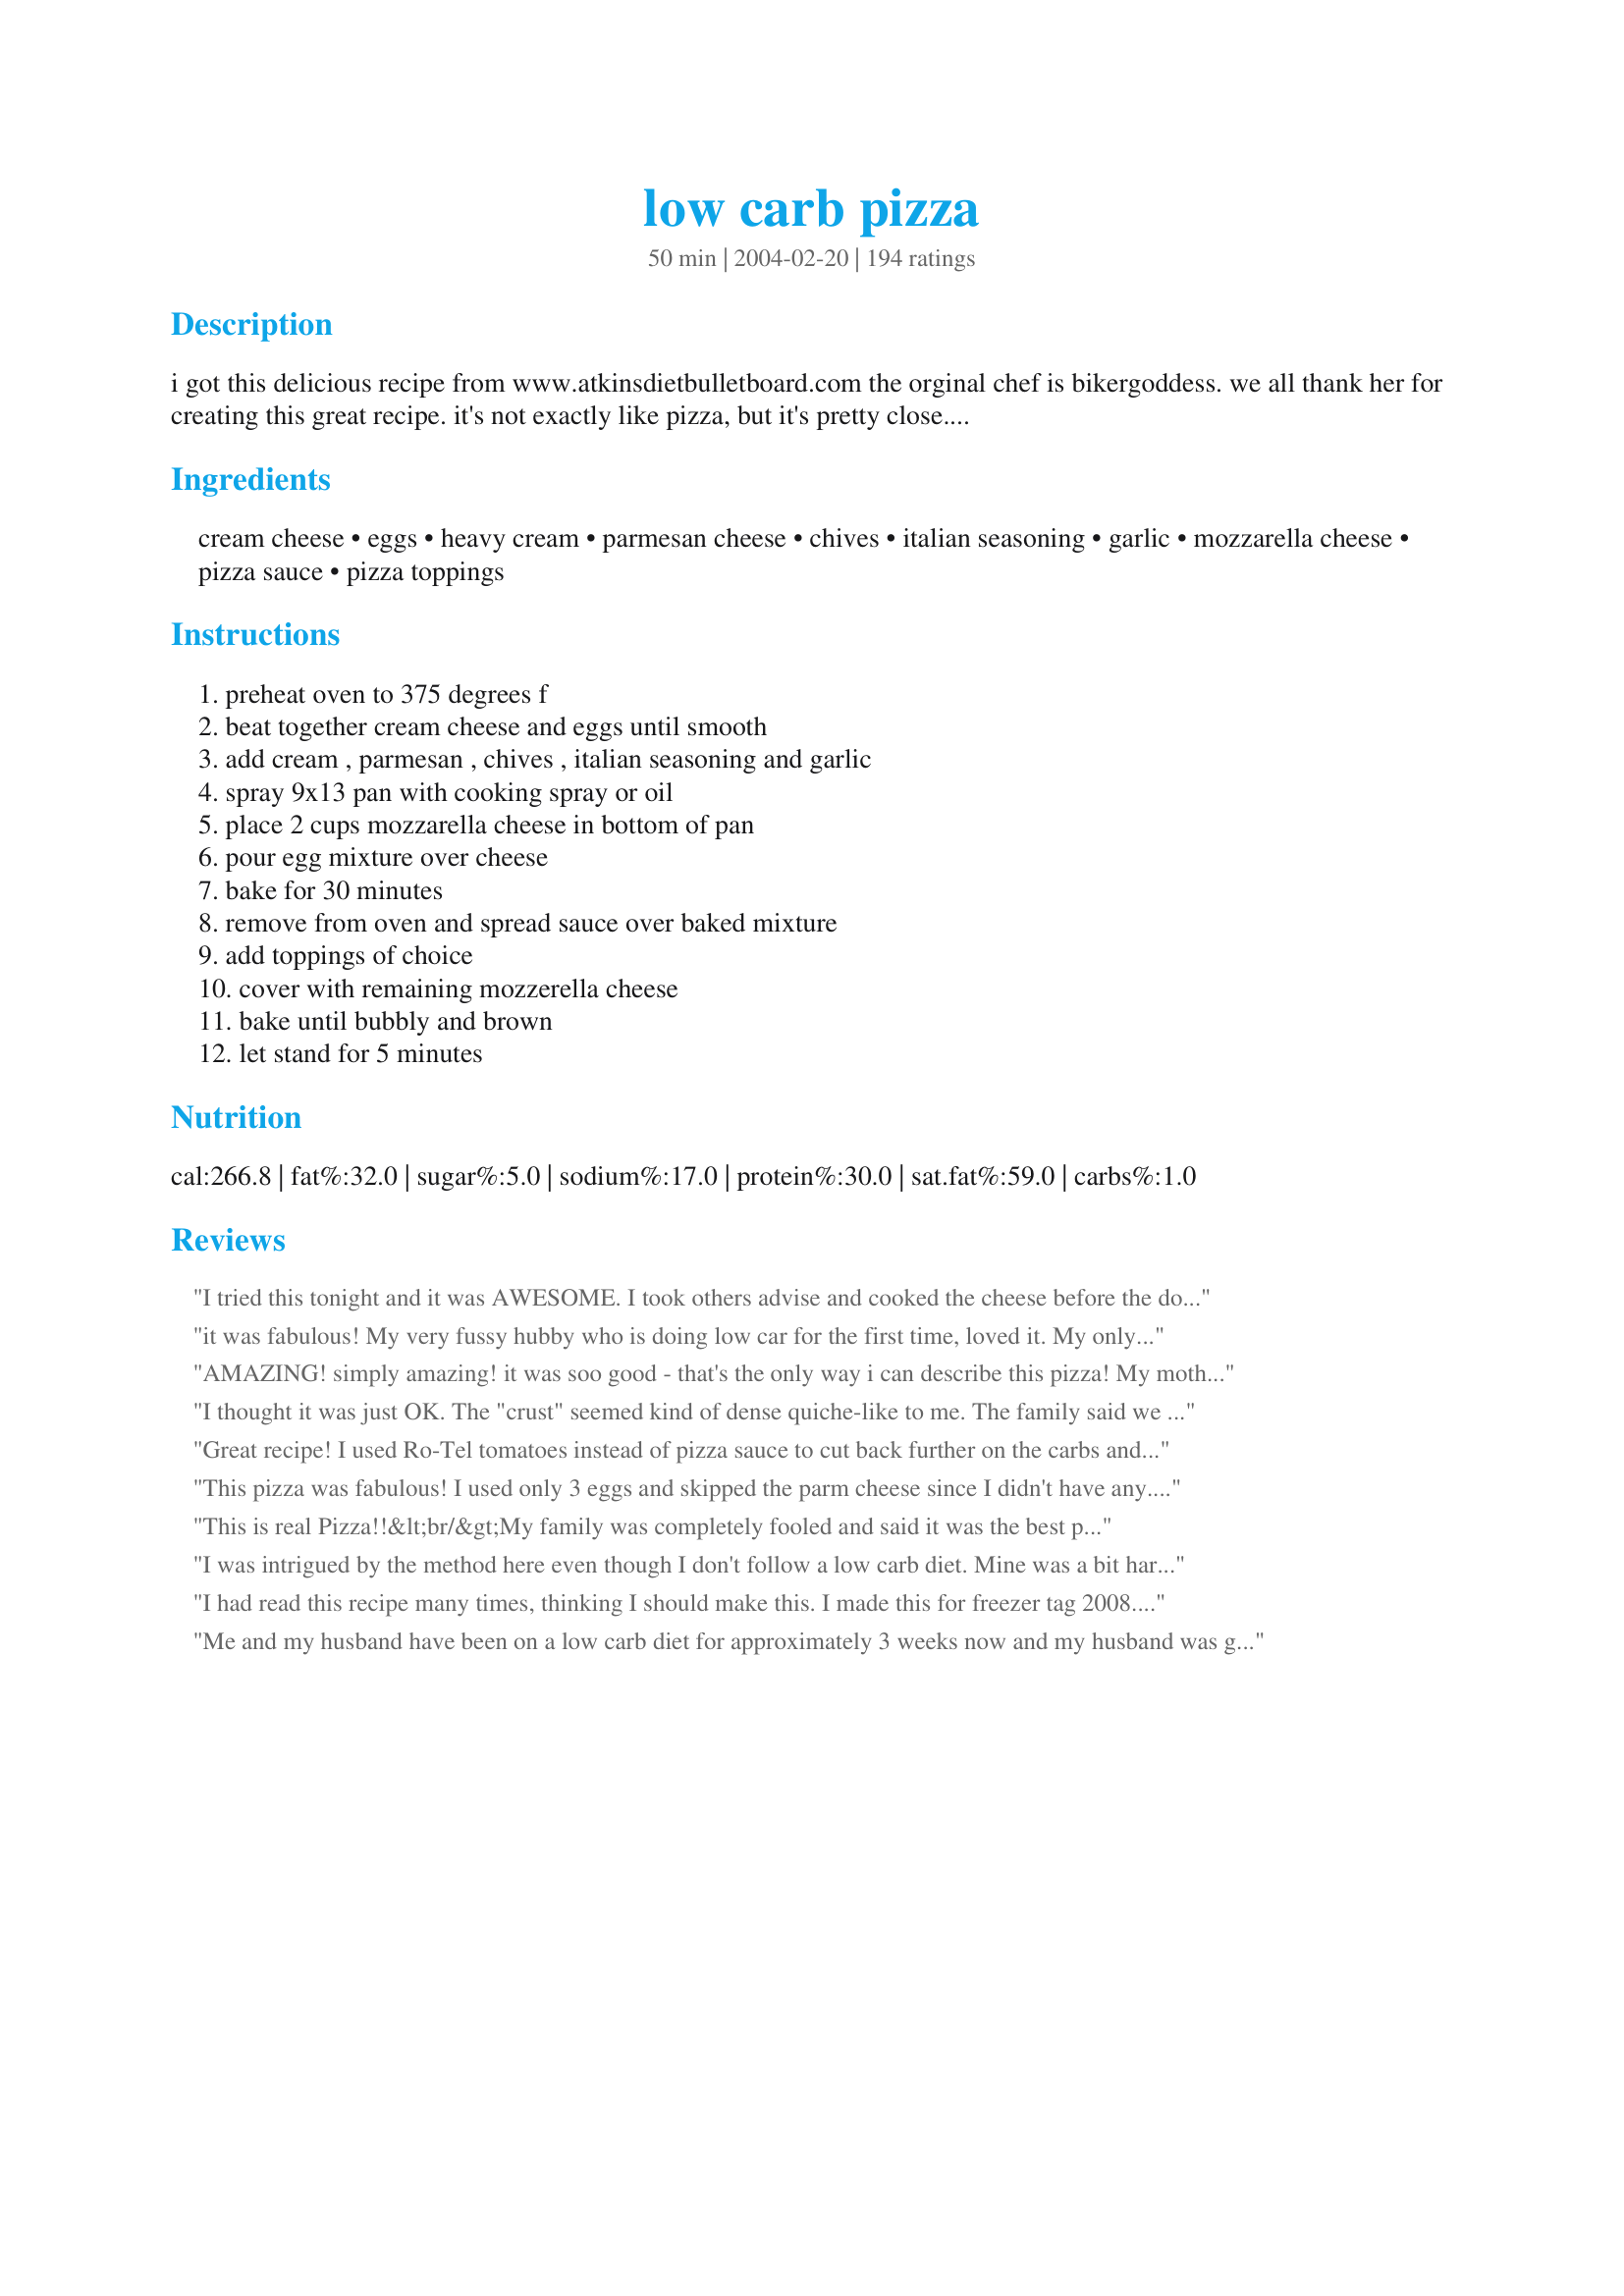
low carb pizza
Preparation time: 50 minutes

i got this delicious recipe from www.atkinsdietbulletboard.com the orginal chef is bikergoddess. we all thank her for creating this great recipe. it's not exactly like pizza, but it's pretty close. i like it alot. i've made it twice now, and will be making it over and over again.

Ingredients:
cream cheese, eggs, heavy cream, parmesan cheese, chives, italian seasoning, garlic, mozzarella cheese, pizza sauce, pizza toppings

Steps:
preheat oven to 375 degrees f, beat together cream cheese and eggs until smooth, add cream , parmesan , chives , italian seasoning and garlic, spray 9x13 pan with cooking spray or oil, place 2 cups mozzarella cheese in bottom of pan, pour egg mixture over cheese, bake for 30 minutes, remove from oven and spread sauce over baked mixture, add toppings of choice, cover with remaining mozzerella cheese, bake until bubbly and brown, let stand for 5 minutes

Reviews:
I tried this tonight and it was AWESOME. I took others advise and cooked the cheese before the dough mixture was added. I also added red pepper flakes, oregano and pizza seasoning. It came out amazing! Not as crispy as I wanted but it was perfect after it sat for a bit!
it was fabulous! My very fussy hubby who is doing low car for the first time, loved it. My only question is what size pan do you all make this in? I used a pie plate. &lt;br/&gt;Made it like the recipe calls for and did cook the mozzarella for 5 minutes as suggested.
AMAZING! simply amazing! it was soo good - that's the only way i can describe this pizza! My mother went cuckoo for it, and my brother who is on the wrestling tem, liked it a lot too! I put sundried tomatos and green onions on mine and added just a little bit of rich olive oil for an extra bit of flavor - let me tell you this dish is out of this world 3 galaxies away good!
I thought it was just OK. The "crust" seemed kind of dense quiche-like to me. The family said we didn't need to eat this again.
Great recipe! I used Ro-Tel tomatoes instead of pizza sauce to cut back further on the carbs and add a little kick.
This pizza was fabulous! I used only 3 eggs and skipped the parm cheese since I didn't have any. The base of this does not have the chewy texture of bread but the flavor is amazing! My husband even liked this which is saying a lot! For the person who has to stay away from grains, this is the perfect pizza alternative!
This is real Pizza!!&lt;br/&gt;My family was completely fooled and said it was the best pizza they have ever had. next day just like pizza its good too. Use the recipe as instructed and enjoy, it really is that good. Then you can start experimenting if you wish but the original was the best we had. It can take any topping and looks as good as it smells and tastes.
I was intrigued by the method here even though I don't follow a low carb diet. Mine was a bit hard to get out of the pan despite spraying with oil. Used a 9X13 baking sheet, as thought my round pan pizza pan might be too small to hold the cream cheese mixture. Could also be a factor of using low fat cheese, or maybe baking the shredded cheese a bit too long before adding the cream cheese mixture, or maybe my pan was a bit larger then it should have been as the crust was spread very thinly. The taste was great. Did season it with Penzeys Italian and frozen pizza seasoning as well as chives, and oregano. Added spices to sauce too and used almost one cup. I used eggbeaters, 1/3 less fat cream cheese, and weight watchers 2% shredded Mexican cheese, and Stella shredded Parmesan. Flavor was as good as the best pizza. Maybe would make again, as the flavor was surprisingly good, and we like a thin crust. My husband ate 1/2 of it on the spot. As for the nutrition &quot;hit&quot; would probably opt for some carbs with a flat bread or low fat pizza crust of some sort like a cauliflower crust, and much less cheese. But this was very good, and and interesting different method for a crust.
I had read this recipe many times, thinking I should make this. I made this for freezer tag 2008. I followed the recipe as written other then I only used 2 eggs. It never said in the directions where to add the chives so I never did add them. Everyone really enjoyed this and I didn't tell them what it was made of because then they all would have said yuck LOL. The "crust" smelled so good cooking. We had a "slice" left so I froze this in a gladware container. I pulled it in the morning and took it to work. At lunch I heated it up and it was just as good reheated.
Me and my husband have been on a low carb diet for approximately 3 weeks now and my husband was getting really bored with our food choices. I found this recipe and tried it. It was exactly what we had been looking for. He stated it taste like real food again. It was very good and thanks for the recipe.
I have made this twice already. Gives me a little something more to eat while doing a low carb diet. This is a great recipe. Thanks!
I can't believe I haven't reviewed this yet! This is a fantastic recipe. Like others have said, it's not EXACTLY like pizza but it's pretty darn close. My mother and my son like this better than regular pizza and we haven't had anything but this since finding this recipe. Definitely give it a try!
This is very good, I've been making it for a while, I originally came across the recipe somewhere else online. Really satisfies that craving. If I have time, I soak the pepperoni's overnight in water to remove some of the nitrates, and I usually add chopped black olives. Thanks for posting.
Dh and I have been doing the Low Carb diet for quite some time so it was really nice to have &quot;pizza&quot; for dinner. We enjoyed the taste of this, but we both found it very rich. That&#039;s not necessarily a bad thing though, as you tend to eat less. I&#039;ll definitely be making this again and will play around with it a bit. I&#039;d like to try using 3 eggs as another reviewer indicated. Thanks for the great recipe.
This is about how close you will get to a pizza taste on a low carb diet. I used Alfredo sauce opposed to tomato sauce, personal preference. The soppose crust browned and was delicious and the rest was good. For low carb it was excellent.
I started low carb a week ago and lost 5lbs - am thrilled. But every Saturday the family has pizza and I didn't think I could eat salad or eggs again with the smell of pizza in the kitchen. On the spur of the moment I typed in low carb pizza into Google and was thrilled to find this recipe. Tried it and loved it! Didn't feel like I was missing out at all. For those on a gluten free diet this would work too. My husband is gluten free and had a piece too. I topped mine with a tiny bit of onion, pepper and pepperoni. Next time I'll make sure I have fresh mushrooms as they have less carbs than onion and peppers.
This recipe was a lifesaver for me. I have been craving pizza while on my low carb diet and was about to give in to the local pizzeria but then found this recipe. It is sooooo good and I love the crust. I used light cream cheese, egg whites and half and half instead of heavy cream. It turned out great!!! This is definately a keeper!
WOW! This is the best pizza I've ever tasted!! I had to keep reminding myself it was low carb. It was so good, my boyfriend the "pizza freak" almost ate the whole thing!! This pizza will definetly be made more than twice a week!! thanks Sly Girl :)
This is amazing.
I ran out of eggs, and ended up using only 3 eggs ... but, nonetheless! It still turned amazing. Even my boyfriend was impressed - it looked, smelt, and tasted like *real* pizza.
Thanks for sharing!
I was initially skeptical about this because I enjoy pizza crust so much. However, I was really needing a pizza substitute for that craving since i'm not eating low-carb. I loved the flavor of this! It was a good substitute, thought the crust is certainly not like pizza crust. I used less egg and baked the cheese before adding the egg mixture (it made the bottom kind of crispy this way) as suggested in other reviews. It turned out great! I made this for myself, because I figured my partner wouldn't be interested in it (pizza is his one of his favorites). He tried it though, and wanted to eat the whole thing. I will definitely be making this again.Thanks for sharing!
We usually have pizza every Friday night,I stop at Little Ceaser&#039;s on the way home from work. However I was off yesterday, so I decided I would make a pizza, I came across this recipe it looked so good, and I liked the concept of the cheese crust. I had about a cup of leftover spaghetti sauce w/ italian sausage that i used, sauted a half of an onion, crushed red pepper flakes, sliced mushooms and a jalapeno added it the sauce,topped it with pepperoni and the remaing cheese. OMG the crust was nice and golden, almost to golden,but I love burnt cheese. My husband couldn&#039;t believe there was no dough, it was soo good and the fact that it is low carb is even better I took a picture of it with my phone, can&#039;t wait to share it with my friends. This just may become our &quot; Friday night pizza ! Thanks, for posting.
My husband and kids made &quot;yummy yummy&quot; noises upon first bite... I don&#039;t know if a recipe can truly bring a family closer together, but this one sure did! I used fat free half and half and eggbeaters and it still came out perfect as far as I can tell... This will become a Friday movie night recipe rotation from now on! Thank you, thank you!
A delicious substitute to help curb that pizza craving. Because I was sort on some of the ingredients my first try at this was more like lasagne,but good enough to keep away the torture on our family pizza night. I will definately try this again. Atkins life just got a lot easier. I'm off to create the perfect low-carb chocolate treat.
I really did not think I would like this judging by the crust ingredients but tried it based on reviews. I'm so glad I did! It's delicious. Not just delicious for low carb pizza but the crust is truly delicious. And of course you know your toppings will be delicious so you can't go wrong here! Only thing I changed was the amount of eggs. I only used two. I will be making this often!
I made it tonight and did half with the tomato sauce and cheese and the other with Alfredo with spinach and chicken. Surprisingly good. Even my picky son tried some and said "not bad"
Very nice low carb substitute! I love that you can add any preferred pizza ingrediants. I made it with pepperoni, and will add black olives or jalepenos next time (yes, believe it or not, jalepenos go great with pepperoni on pizza! :-)I also plan to make a yummy veggie pizza using this recipe. Thanks for sharing!
I got this recipe from the same place, and have been making if for several years. Even my high carb eating spouse likes this one.
LOVE the crust! I did follow the directions of one poster who put the cheese in the oven for about 5 minutes first...I also added a little bit of flax seed to the cheese on the bottom - it was SO chewy and perfect for me! Even my hubby, who usually rolls his eyes at most of my 'low carb creations' really liked it! thanks! a def. keeper!
Amazingly delicious! I was so skeptical about this, but this is the perfect substitute for regular pizza. My 2 boys-11 and 9 like it too. Folks, you gotta try it!!!
This Pizza is one of the best I have ever tasted!!!!!!!!
Oh Sly Girl you lifesaver!
Wow, was this GOOD! I used lots of low carb toppings, and it was so delicious, and very filling. I was worried that the egg crust would taste like an omelet, or "eggy", but not at all. DH had it for dinner too and he is not low carbing...he loved it too.
What a great treat. Well written and easy to follow recipe. Thanks for sharing!
This was really good, even felt like pizza, which is my all time fav food. I doubled the recipe because of the size of my pizza pan 13x13 round. I should have done 1 1/2 because we had more of a deep dish pizza. I used egg whites and Neufchatel Cheese trying to cut back on the fat. Guess I should have left the Sundried Tomatoes and Pepperoni off. I didn't use the chives..but added fresh Basil and oregano. Also combined Mozzarella and Asiago together for my topping cheese. I only used 2 cups (16ozs) of Mozzarella. I just used an 8 oz can of Tomato sauce. We got 8 servings out of it. Which came to 434 cal, 33 fat, 4 carbs, 23 protein. Without my extra toppings it would have been 302 cal, 20 protein, 20.8 Fat, 3.8 carbs. This is still going to be a treat because even through the carbs are low there is still a lot of fat, which is fine on some diets, but SB not so much.
This is a great recipe! I made mine into a white pizza, followed the directions for the crust, then sprinkled 1 cup of feta, some chopped spinach, and topped with a little extra mozzarella. I also added some grilled chicken breast. It was yummy from bottom to top :)
Wow! Even with all of the reviews I didn't expect it to be this good. Should be eaten with a fork but otherwise just like pizza. The crust was always my least favorite part anyway! Thanks, Sly Girl!
Wow! This was wonderful, thanks for posting. I followed "crust" recipe exactly and topped with a little pesto, pizza sauce, fresh tomatoes, basil, mozzerella cheese, roasted peppers and mushrooms.... HEAVEN. I had the left overs for breakfast. I will try some of the variations suggested by other reviewers, like cutting the cream and using water, next time to try to shave a few calories and fat. Thanks again, this will be a regular for me!
Very good pizza. The crust held up very nicely, but was a little &quot;eggy,&quot; which is to be expected. Don&#039;t worry if you have little clumps of cream cheese in your egg mixture. It all bakes up just fine. I would recommend this pizza if you are on a gluten-free or low-carb diet!
I thought this was great, hubby not so much...he said it was too "squishy"...I think because the crust wasn't very crispy. I did try and lighten this up with low fat cream cheese and milk and used 2 egg whites in place of 2 of the eggs. I thought it tasted great and reminded me of a pizza casserole somewhat. Either way I think this is a great alternative to a traditional pizza and even if I have to cut the recipe in half just for me, I'll be making again! Thanks for sharing!
I was a little aprehensive to try this recipe but because it got such good ratings, I thought I would try it. I am glad I did!! This was wonderful! I used eggbeaters instead of the eggs and fat-free or low-fat alternatives for the cheeses. It came out scrumptious!! Thanks for postin!!
This should be called 'Pizza-style Cheesebake' or 'Low-Carb Pizza Substitute' - because it isn't a pizza anymore than a salad is a sandwich without bread (or so-called 'open-sandwiches' are sandwiches either - if there isn't a filling in between slices of bread). It also has virtually no fibre, 30g a meal is the recommended amount, but this can be added to with toppings. I didn't understand the serving recommendations either - serves 8-12? If this is to replace a pizza takeaway, that is only a very small piece you get. I appreciate there are medical conditions where carbohydrate intake matters a lot so you can eat other foods with this which you may not be able to otherwise at that meal sitting. As a cheese-bake, it is SCRUMPTIOUS, I love anything cheesy, served with salad &amp; jacket spud, next day had on toast with baked beans. My first attempt at this kind of bake, it caught my eye, &amp; was pleased that it 'set', didn't fall apart &amp; I watched it carefully as I was afraid it would burn. I don't know what 'pizza sauce' is in the US, in the UK, shop or takeaway outlets spread tomato puree from jars/tubes on pizza bases, as do home-cooks, &amp; I wasn't sure if 'tomato sauce' was 'ketchup' or Bolognese sauce, so I used Passata from a carton (sieved tomatoes without the seeds). I'll make again soon! (A heads up on the terms would be appreciated - I don't know what 'spaghetti' sauce is either).
This is absolutely delicious. The "crust" is so decieving that anyone not knowing the recipe would think it is real crust. I added Jimmy Dean's hot sausage, onions and mushrooms for the topping. I could eat the whole pan by myself. My husband went back for thirds! Thank you for posting this yummy pizza.
Wow, this was great! What a craving I was having for pizza and you saved the day. I will be making this again for sure. Thanks!
I followed the recipe exactly. We topped with chopped onion, bell pepper and mushrooms. We both thought it was excellant. I will be making this again.
First, let me start off by saying that this is the low carb pizza recipe that best approximates actual pizza. I executed mine slightly different from the instructions and used tips from other reviewers.

My tweaks resulted in a pizza that resembled a Sicilian or Pizza Hut pizza. I was pleasantly surprised by how delicious the pizza and crust were. Additionally, I was able to pick it up and eat it like normal pizza. The crust was nice and crisp on the bottom and sides, but had a softer, spongy texture on the inside.

I used 3 eggs, 1/2 cup of grated Parmesan, and doubled the seasoning (I also included salt) for the crust. I used a smaller square pan, maybe 8x8, and cooked on parchment paper in a toaster oven. I baked the cheese separately for 5 min before I added the cheese mixture. I cooked the crust for about 40 min - until the top was browned and the inside was cooked through. I did have to puncture the top layer with a knife as it did rise during the baking process. Then let the crust cool down for a bit before I added my toppings.

I cut the square pie into four slices and was full from one slice. I even refrigerated and reheated a slice the next day and I could not tell the difference between this pizza and a normal carb loaded slice.

Next time, I will try the thin crust version but I am absolutely amazed at how closely this approximates real pizza. Mind you, this is coming from a person who ate pizza 2-3 times a week. I am extremely particular about the taste, consistency and texture of the pizza I eat, especially the crust.

I&#039;ve tried so many recipes - all of them failures. I most recently tried a similar recipe which included almond flour and was very disappointed in the grainy consistency of the crust.

I can&#039;t thank you enough for sharing your recipe!!! The lack of pizza in my low carb/high fat diet left a huge void in my life. I also believe in keto sticks and this recipe keeps me comfortably in ketosis.
Followed the recipe except deleted the heavy cream. As recommended baked the layer of cheese five minutes. Will saute peppers next time prior to baking. Great for low carb pizza.
Wonderful, fantastic, delicious!!!! Only adjustment was it was made in a jellyroll pan as others suggested.
I enjoyed this a lot. Thank you for posting. The only mistake I made was to tell my DH that the crust was eggs, I think he liked it until then. Anyway, he doesn't count!
I have been having mad cravings for 'real' food for the last few days - just about to give up on the low carb thing - I am SO HAPPY I tried this recipe! I followed what some of the other reviewers suggested and cut back on the egg mixture, baking the cheese only for the first 5 minutes. Happy, Happy, Happy! Thanks for the great recipe!
This is a great recipe.... I hardly noticed the different crust.
I swapped out the red sauce for alfredo, for a considerable amount of carb savings.

On the alfredo, I added a cup of frozen spinach (thawed and squeezed to remove water), 1/4 cup pine nuts, black olives, red onion, artichoke hearts, a smidge of feta, and some sun-dried tomato for extra zing!

It reminds of the Papa Murphy's gourmet vegetarian pizza, with only a fraction of the carbs.
We make pizza pretty much every Friday and being gluten free and trying to cut down on carbs it&#039;s a constant struggle to find something that is somewhere in between those two and actually tastes good. This is coming from someone who has tried it all: cauliflower, chicken/cheese mixture, cheese only, ground beef, high carb gluten free flours &amp; starches, etc. I tried this recipe last week and plan on making it again tonight!&lt;br/&gt;&lt;br/&gt;I made it as suggested with baking the cheese til melted first (on parchement paper) and cut down the eggs to 2 so it wouldn&#039;t be too &#039;eggy&#039;. I was worried about it tasting like an omlet but it didn&#039;t at all. I added some minced garlic and crushed red pepper as well as some italian blend seasoning. I also added a few tablespoons (4ish) of golden flax meal to the egg blend to add some chewyness.&lt;br/&gt;&lt;br/&gt;This is a perfect base recipe to tweak to make the perfect low carb/gluten free pizza and will now be my go to recipe (which is saying alot). It&#039;s also great for making &quot;pizza eggs&quot; the morning after! :) &lt;br/&gt;&lt;br/&gt;Thank you very much!!!
My son &amp; I started cutting out the carbs and have been looking for good recipes. Every Friday is pizza night at our house so I wanted to find a good pizza recipe. I will look no further!! This recipes is SO GOOD!! The entire family tried it and we all loved it!! I will continue to make this every Friday so we can continue to enjoy our pizza. Thank you SO MUCH for posting this recipe!!
This recipe is a great pizza fix. It smells great baking & filling too. I used the lowest carb tomato sauce and added fresh oregano & basil. Sooo yummy.
I love it!! I think you are a genius. I hate cooking, but i was craving pizza and gave this a try. Definitely worth it!!
I love it when I can cut my carb intake and I was so happy to find this recipe! We absolutely loved this! I made with some black olives, onion, hot peppers and roasted tomatoes and it was excellent! Loved the crust! Thank you for posting this for us!
Excellent. Easy to make, wonderful taste. Didn't miss the crust one bit. Fits into my LC plan very well. It is a keeper.
This is my favorite low carb recipe by far! I will never miss eating regular pizza again. I have tried alot of keto recipes since I am a diabetic and always looking for low carb recipes. Most of them just do not taste that good to me. But this one is awesome! To the guy that asked &quot;where is the crust?&quot; It's the part that you baked for 10 min before you put the sauce on. If you let it cook long enough so the edges get a little dark, it is kinda like having a crust along the edge.
I made this for the first time this afternoon for lunch and was pleasantly surprised! Although a different taste and texture than your "traditional" pizza, this was such a delicious alternative for those seeking a high protien/low carb meal. I added yellow and orange bell peppers to mine to give it some color (and fiber) and a good bit of red pepper flakes! Thanks for the recipe!
Wow, I followed the recipe and expected it to look and taste more like an egg dish. It totally tastes like pizza and the "crust" is fabulous.

Thanks
Wow it's almost like pizza. I think one needs a bigger pan so that the "crust" spreads a bit thinner.
I&#039;d give this zero stars if I could. This was terrible. I mean it was REALLY bad for a pizza crust, emphasis on crust. Basically what you have is an omelette flavored with Italian seasonings. The texture is NOTHING like pizza crust and I even followed the suggestion of cooking the bottom layer for five minutes before adding the egg mixture. If you don&#039;t mind Italian seasonings with egg texture, you might like this. I don&#039;t...I like a thin and crispy crust or not one at all. Maybe it&#039;s good for what it is, IDK as I am new to low-carb living. I hate that I&#039;ve wasted so much cheese and so many eggs since they are expensive right now but I&#039;m not going to risk wasting more ingredients by actually topping this &quot;crust.&quot; Now, I&#039;m stuck trying to come up with another low-carb dinner plan at the last minute.
Very interesting concept, as mentioned before, sort of pizza/quiche/omelette. We loved the base, rather yummy all by itself! I would definitely do this again, tasty and easy. Thanks! made for Name That Ingredient tag game.
This pizza was really really good and It was even better the second night. I liked it so much I froze the rest so when my husband wants to order pizza, I can have my own low carb.
Wow! Totally fantastic! There is no way that you would know that this is not a real pizza! Even my bf who doesn't like pizza loved this. The only change that I made was instead of using all mozzarella, I used a combination of asiago, parmesan and mozzarella cheeses. You have to try this - you will be pleasantly surprised.
Just as all the other reviews, this is great!! Started a low carb diet and pizza is something I was going to miss. WRONG, not with this low carb pizza. Sooo good!
I really, really wanted to like this, but it was just edible to me. It would be nice to have a low carb substitute for the real thing. The egg and cream cheese mixture just didn't make a good crust. I'm sure some people would like it, but it's not for me.
Amazing! My teenage boys give this pizza a high rating! YUM!! 

I added a little more seasoning to the crust. I used 1/2 cup drained crushed tomatoes instead of sauce. We loved it! Thank you for sharing a great recipe!
Made a Veggie Pizza & it was awesome even my 8 year old loved it! On a low carb diet & my mom is diabetic so we cant have much pizza so its awesome we can finally have pizza with out worrying. I put cheese on bottom cooked for 3 min before putting the crust in. The toppings I got from <br/>http://www.eatingwell.com/recipes/arugula_broccoli_pesto_pizza.html <br/>with added mushrooms, spinach and tomato which where covered in oil & vinegar
This was so good, tasted better than real pizza.
Unbelievably delicious!
This is a great recipe! You can add you own toppings like onions, peppers and mushrooms and make it even healthier. It tastes delicious. I've taken it to work twice for office lunches and it's gone before 10 a.m.!
Hi,
This was wonderfull!
IÂ´m keeping Blog from Low Carb life with kids. So I translated this into Finish. Thank you so much!
http://karppausjaperhe.blogspot.com/
Excellent and easy! What a great way to make a "mock" crust; I really felt like I was eating true pizza. I used turkey bacon, chopped red onion and mushrooms as toppings. My mom and I really enjoyed this; I'll be making this again and again on my low carb diet to settle my pizza cravings!
This was unbelievably tasty!!! Even our visitors (who aren't on a low carb diet) thought it was delicious! I just love the crust. It's hard to believe it doesn't contain any type of flour! This recipe is so versatile, with so many choices for toppings. I just topped mine with pepperoni and mozzarella, but next time I might sprinkle crisp bacon on top, or spicy beef. Even chicken with barbeque sauce. Thanks so much for posting this great recipe!
I've been making this for awhile
now and it's very good and easy to make. Think of it as a pizza quiche. The only things I do differently are to add 1 Tble. dried oregano(more pizza taste) and use a deep, round pyrex pie plate. It's also good for low carb eaters who don't want meat. I make it during lent on Thursday, remove meat on Friday and it microwaves great for my husband's lunch at work.
Great for low-carbers! Helps get that "Pizza-fix!" Next time I will make sure the crust is browner before adding the toppings. Thank you, Sidd!
Oh Wow!! This is amazing!! I am low carbing and pizza was going to be my downfall! But not now. I love a thin crust pizza so I did as another reviewer suggested 5 mins in the oven for the cheese only first. I also used 3 eggs and then cooked 25 minutes. I tooped with olive oil, minced garlic, fresh spinach, tomatoes, red onion, feta, oregano, and drizzled top with olive oil. I put it back in 15 mins then broiled top for 5 minutes. This is so beyond delicious. My hubby had no idea it was low carb! For those who want crispier, thinner crust just do above.
This was oh so tasty and so much more filling than regular pizza. I'm soooo glad I came across this :) I've been having mad cravings for pizza & this definitely took care of that! It was a lot easier than expected - a definite plus! I allowed the crust to cool completely before adding our sauce and toppings, which I think helped form the crust. We were able to pick up the pieces and eat them like regular pizza :) We used fat free half & half instead of the cream and reduced fat cheeses. For our toppings we used turkey pepperoni, onion, banana peppers, black olives, & pineapple. Thanks for a fantastic "pizza". As another reviewer stated, I also came up with a WW value of 7 points plus and we sliced ours into 8 pieces. Yum!
So far the BEST LC pizza I have tried. Cannot wait to experiment with different sauces and toppings!!
Schmeckt fantastisch! Die ganze Familie hat sich &uuml;ber diese Pizza gefreut!&lt;br/&gt;Tastes fantastically! The whole family has been glad about this pizza!
I thought it was very good!I made homemade pizza for the family and I too had my own homemade pizza,It was nice for a change in food.I didn't add any sauce just because I am not a big sauce fan.I added other little goodies, onion,mushrooms,broccoli,and black olives and it was great.
Thank you for a great recipe!
AWESOME! Make it for the family or friends and if they are foodies they will love it. If they are low carb foodies will be so amazed to be able have such an enjoyable, low carb friendly meal. As for the following recipe..... http://lowcarbdiets.about.com/od/breads/r/flaxpizza.htm I made it for lunch and I will never make it again, ever. My wife, daughter and myself all agreed it was gross. My son was starving after weight training and inhaled a couple pieces. He said it was ok. He had the Sidds low carb recipe later and when I suggested I&#039;d call it Pizza Casserole he said &quot;call it pizza, that was GOOD!&quot;
this was surprisingly good. No it isn't pizza, but for a low carb diet it works well. There is very little egg taste - it is primarily cheesy.
I do not usually give five stars, but this is the second one today I posted at zaar! Sly Girl, this is a wonderful recipe. I knew that everything sounded good in your ingredients, but you just never know quite what it will taste like. My DH and I were very pleasantly surprised how delicious this was! As we ate this pizza, we were writing down the toppings we would make on the next one! I used fat free cream cheese, 1/2 teaspoon italian seasoning as directed, added 1/2 teaspoon oregano. I used regular Contadina tomato sauce with 3g carbs and 1g sugar. Added the chives on top of the tomato sauce. Our toppings this time were canadian bacon, red onion, black olives, red and yellow pepper strips and slightly more than the remaining cup of mozzarella. I baked the crust for 25min which was 5min shorter than you suggested as the top was looking brown, but should have cooked the directed amount of time as our curst was a tad bit soggy in the middle. My error, certainly not yours, and in no way did it hurt the wonderful flavor. Thanks so much for sharing this with everyone, hope I can return the favor.
I have made this many times, and it is fantastic. I have baked it in a jellyroll sized pan to make a really thin crust, it's best if you let it brown a bit before you put on the toppings. Love it with italian sausage, turkey pepperoni and lots of mozzarella and parm.
I had to join to let you know how AMAZING this recipe is!! I really didn't expect the 'crust' to taste like anything other than egg and cream cheese but surprisingly, it tastes very similar to NY style pizza. I subsituted salsa for the pizza sauce to save on carbs and because I love spicy food. I also used fresh mozzarella, basil, green peppers, pepperoni, and sausage and it tastes just like the same high-carb stuff that I sometimes cheat with and end up regretting later. What a treat!!
This was great! I only used about 2 cups of mozz... 1 on the bottom, the other with the toppings. The entire family had seconds!
ABSOLUTELY FABULOUS! I am on the Suzanne Somers "Somersize" diet and was craving pizza! This was delicious! The best low carb diet I have ever ate. I added pepperoni, mushrooms and bell peppers and cooked it until it was brown and bubbly on the top and it satisfied our craving for pizza beyond our expectations! LOVE IT!
AMAZING!!!!!! Followed the recipe except that I got rid of the chives and had to use garlic salt since I was out of garlic powder, used Rao's homemade marinara sauce as a pizza sauce and low fat cream cheese. This is the second type of low carb pizza that I have tried and I will be definitely be sticking to this recipe. I used a smaller type of baking pan for this and it made it more &quot;fluffy&quot;. I had my boyfriend try it and he's very skeptic about low carb foods and he was just amazed of how good this came out! I'd recommend anyone to try it!
This recipe saved my diet. It is truly amazing. My entire family enjoyed it and I would recommend This to anyone trying to keep their carbs low! If you don't want it to stick, use Pam on parchment paper!
After starting a ketogenic diet and missing carbs for several weeks, we stumbled upon this recipe and were amazed! Pizza, with practically no carbs! This sounded too good to be true.<br/>We followed the original recipe instructions, deciding to try the other variations listed in the reviews on other iterations. While the crust wasn't exactly a pizza crust (hopefully baking the cheese before pouring the mixture helps that), it was very similar to a more thick-and-doughy pizza crust. It looked and tasted exactly like authentic pizza, there was no difference in taste at all. <br/>One thing we did do to help get the bottom of the crust nice and crispy is throw our slices into our toaster oven set to toast with only the bottom element. Not necessary at all, but just a preference for me (my husband had it as is and it tasted just as good).<br/>Thank you for this amazing recipe!!! If you have been craving for some pizza, this is one you should definitely try.
This pizza is awesome!! My husband is requesting it!
My husband loved it. Am making it again tonight as he ate almost the whole one last night. It's nice to find something everyone can eat when one person is doing a low carb diet.
Thank you, thank you, thank you! I have gestational diabetes and have to watch my carbs. My body does not seem to be tolerating even a small amount of regular pizza. I was kind of skeptical about this but it was fantastic. It really satisfied my craving for pizza!
OMG, this was absolutely amazing!!! My husband and I just recently started low carb eating ( we are following Atkins) and I have been looking for a recipe to give us our pizza fix. Well, THIS IS IT! I have to say that it really tastes like regular pizza. After every bite we shook our heads and kept saying how yummy it was. I read all of the reviews and took different pieces of advice...here is what I did. I used a jelly roll/ cookie sheet size pan (12&quot; x 17&quot;). I baked the mozzarella for 5 minutes first and then topped with the egg mixture. For the egg mixture I used 4 eggs and added extra of the following things: chives, fresh minced garlic, oregano, and red pepper flakes. I then baked the crust for 20 minutes until it was lightly brown and let it cool. I used 1 cup of low carb pizza sauce because 1/2 cup was not enough for the large size of the pan ( it was still very light but added plenty of flavor). Then topped pizza with sauteed red pepper strips, and pepperoni, and some oregano. And I also have to say that there was no eggy taste at all....you would never know that the crust was made with eggs. You will love this recipe!
This is just delicious. I&#039;ve been on a low-carb diet now for about three months, and I have REALLY missed my pizza. I was pretty hesitant to prepare this ( I&#039;m a poor girl on a budget), but I wanted to indulge a bit.

 Wow. I&#039;m glad I did. GREAT recipe. Thank you! :D
Unbelievable!!!!
My only fear was that I was only going to taste egg, but I was wrong!
This was delicious.
The only thing I was missing was the Oregano, next time I will make sure I have some on hand.
I only added pepperoni and green onions — to keep the carbs down — and it was fantastic.
thanks Sly Girl!!

WOW!!! I can't believe how delicious this dish tastes! My entire family loved this dish. I kept it simple with pepperoni and baby bella mushrooms. I also substituted pizza sauce for alfredo. My DH loved the alfredo. It was a bit rich for me. I think I'll go half and half next time. His half will be with alfredo and my half will be with tomato sauce. Thanks so much Sly Girl. This pizza is awesome!
This was pretty good. It tastes like manicotti or a lasagna type dish. It was very filling.
Oh this is just what the doctor ordered when watching carbs! It tastes so good and you don't even miss the crust that much. Leftovers are good cold, too, just like "REAL" pizza!
Thanks for this lifesaver for low-carbers!
This is a great recipe. I followed the thin crust version (3 eggs) and we just loved it! I topped it with green pepper, red onion, chopped tomato, italian sausage and more mozzarella cheese. Thank you!
Really wonderful. I, too, was concerned about the "crust" but it didn't stick; it came out a little crunchy and tasted great. I think it was actually better than the regular pizza I made before starting this diet. DH loved it and it definitely satisfied our cravings. Followed recipe exactly and added our favorites to the top. I stuck it under the broiler to 2 minutes at the end just to brown it a little on top. Thanks for a wonderful treat!!!
My husband and I really liked this recepie. It was a great break in our diet that made it seem like we were having a little fun. We didn't miss the crust at all. The only thing we did different was add a little pizza seasoning to the top of our tomato sauce. Thanks for posting the recepie!
excellent recipe!!!! the second time i made it, omg so much better! i cut the crust recipe in 1/2 and i also took Chef #464581's advice to put mozzerella in first for 5 minutes and then add egg mixture. perfect crust! thin, not burnt, and i was able to hold my slice like a regular pizza. make sure you put enough cheese on bottom to cover entire pan bottom (i didn't cut the cheese in 1/2). this time i used marinated artichoke hearts and mushrooms for topping.

for sauce: hunts canned sauce is great or i think it's ragu that makes an actual pizza sauce called "old world style".

if you are going to use mushrooms, green peppers, onions, or olives, i like to nuke them first to drain the moisture/wipe off with paper towel. if you don't do this, you might end up with a soggy pizza!
My favorite low carb recipe so far! Really satisfies the pizza cravings! I added red and green peppers, onions, mushrooms and black olives. Thanks!
It's a miracle! Thank you so much for bringing pizza back into our crustless lives! My nephew swore that the crust was "illegal" and could't guess what ingredients I used. My husband was much quicker on the draw and guessed the eggs right away. This is the perfect low carb recipe!
Love This!! Totally fixed my craving for pizza while on induction. My kids loved it too. They all asked for seconds. Thanks for a killer recipe.
Very very good. I did forget the sauce so I had to take it out and just put it on top and added the pepperoni and cheese. My family loved it. I don't feel guilty eating it.
Made this last night...absolutely fabulous. I added pepperoni, fresh mushrooms and sausage crumbles. Pizza turned out great. Will definitely add this to my recipe box as a favorite.
What a treat! This totally tastes like you are cheating but you aren't! It tastes like the real deal to me!
Sly, what a great substitute for the real thing. The "crust" is chewey like the Sicilian style pizza I enjoy here in NYC. I topped mine with chopped salsa--which I believe has less carbs than traditional pizza sauce and mushrooms and olives. Thanks for posting.
Marvelous. The "crust" is not eggy at all. We made a Green style pizza, absolutely wonderful. Weird, but wonderful!
This has been in my zaar cookbook for 2 years, and I finally tried it. Let's just say, we are having it again tomorrow. LOVE THIS. Delicious and easy and delicious and delicious. One thing-- not sure how this serves 8-12. I put it in a square pyrex, with less mozzarella, and it was perfect for 2. Also- for those counting fats- I used 1/3 less fat cc, and light cream- perfect.
this was great. I cut the crust ingredients in half so that the crust would be a little thinner. I also used egg beaters instead of the full eggs to cut down on calorie. The crust ended up being the perfect thickness and tasted very good. Thank you for this recipe, what a great way to satisfy your pizza cravings!
Amazing! What a treat to find such a delicious pizza substitute. The base was kinda like an omelet, but held together really well, and the herbs added extra flavour. Thanks for posting xx
We couldn't believe it - totally satisfied the need for pizza! Really felt like we were cheating and we were all good! Thanks! You saved us!
This is great and is such a treat it makes you feel like you're cheating when low carbing (I'm in phase one of South Beach). 

I basically cut the recipe in half and used tofu cream cheese instead of dairy (I think that makes this a phase one SB friendly meal) which was a first for me and when you eat the pizza you would never guess tofu is involved at all. 

I rubbed a bit of olive oil in the casserole dish and sprinkled one cup of mozzerella over that and then the tofu cream cheese and egg mixture over that. At this point I was scared. 

After baking the "crust" I topped with store bought pesto, sliced green olives, sliced red onions, sliced button mushrooms, turkey pepperoni and another cup of mozzerella and put back in the oven for about 15 minutes. Still scared. 

Took out of the oven and it looked great -- like a regular pizza. But what would the "crust" be like? Would I be able to get it out of the pan? Would it taste too eggy? 

This tasted fabulous and not eggy at all and came out of the pan easily. The layer of mozzerella at the bottom makes a nice little brown and crisp crust around the edges. I'm amazed by how great this is and have permanently gotten over my fear of low carb pizzas. ;)
This is AWESOME! I have made it about 4 times now, but last night's was the best yet. I did make a bunch of alterations to find the perfect version and here it is. First, I added oregano, minced garlic, chives & red pepper flakes to the egg mixture to give it some more flavor. Next, after I spread the mozzerella cheese onto the bottom of the pan, I stuck that in the oven for about 5 minutes. By doing this, I found that at the end of everything, the bottom came out to be a PERFECT crust!!! Next, I used Contadina marinara sauce (very low in sugar and carbs) and added plenty of oregano, garlic powder, minced garlic, red pepper flakes, and parsley, and let it simmer for the entire time that the pizza was cooking. This is the absolute essential step - use a large round pan!! I've done it all different ways, and by spreading the "dough" out on such a large surface, it was the perfect texture and had a great crunch to it, just like real pizza! To the top, I added mozzerella cheese and made half of the pizza with peppers and onions, and the other half with bacon bits. My hubby LOVED it - and he's a true skeptic of low carb "mock" dishes!!
Like Janis said in her review, think of it as pizza quiche. I was actually expecting somewhat of a harder crust, but am still pleasantly surprised at how yummy this is. This is low-carb nirvana. Instead of shredded cheese I used sliced cheese, just a layer on the bottom and another layer on the top. I've already made several variations, including roasted red pepper and a haloumi version. This one is most definitely a keeper for me.
LOVED IT! This is so good, that I make it all the time. Hubby was so skeptical at first and wasn't going to even try it and then he did and I get regular requests for it. The only comment I have is that this cooks better in a cake pan versus a small dish. When I cooked it in a quiche size pan, the crust wasn't great. I add spices to the crust mixture and it is wonderful!! Took others advice and put cheese on the bottom of pan and baked it for 5 mins and again, wonderful.
This was DELICIOUS!!!!! Exceeded my expectations...not eggy at all!
LOVED it!!!!!
I am totally shocked. I figured this would an ok substitute but it&#039;s amazing! It took little effort to make and came out great!
It is not pizza but it is pretty good. The kids ate it and husband did not complain :)
Really surprisingly good!! Thanks for a recipe to get you thru those first two weeks of low carb dieting!
This was the best pizza I have made. I have been doing a plan that allows carbs at times and fat at different times in meals. Because of it, I have found alternate ways of eating the things I love. This is not the first time I have tried to make a low carb pizza; however, this is the first time I have really enjoyed the outcome of one. I have tried many things to bring that crunch that we love about pizza to low carb pizzas and they have not worked. This one did. I used the suggestions from other reviews such as baking the pan's first mozzarella layer for 5 minutes prior to layering the egg mixture. Doing this helped with crunch and chewiness. Adding more spices to the egg mixture was also a plus! Overall, I really enjoyed this dish and will be making it again! Thanks to all the others who, by trial and error, made this a hit for dinner!
This is a brilliant pizza! Since we are diabetic it would be great to have this once in awhile. I make a no knead crust that is out of this world but this certainly looks worth having as well. Thank you for posting this wonderful recipe! I think I could eat pizza every day!
Loved this recipe! This is fantastic when those cravings strike and is really satisfying. I've made it twice, once with tomato sauce and once with pesto. Both were delicious!
ABSOLUTELY FABULOUS! I am so skeptical of low carb recipes, but we are on a quest to having a healthy family. I will DEFINITELY be making this recipe over and over again! I did amp up the healthy factor by using fat free cream cheese and part skim mozzarella... the flavor is sooooo delicious!! THANK YOU for this recipe!!!
Someone else mentioned in a review that they expected the crust to be harder or crisper and I agree. It reminded me of an "omelette" or "quiche" crust. My husband really enjoyed it but I think I would have prefered a crispier or thinner crust. Next time I might try it in a larger pan--maybe a jelly roll pan?? That maybe would thin out the crust. Anyway, we will definately make this again!
This was just what the doctor ordered for my husband and me!!! It was great! Almost like the real thing. Next time, I'll put some crushed red pepper flakes on the sauce for some punch. Very good.
Very good - great pizza flavor, easy to make. I am the only one in my family watching carbs, but the rest of my crew liked it, as well.
the first time i made this i forgot the pizza sause!!! Topped with pepperoni, it was still wonderful!!
Made this and was very impressed. I used a larger glass pan to get a thinner crust--Going to try it in a jelly roll pan next time. We play cards every week and someone usually brings a take you bake pizza--This dish will be sitting right along beside it--delish and thank you. I followed the recipe tweaking the seasoning to my own taste.
Thank you so much for posting. This was delicious. Pizza was the one thing we really missed on our low-carb diet and now we can have it. Even my son who is not on low carb loved it. I put bell peppers, mushrooms, and Italian Sausage.
Awesome recipe! Satisfying and filling!
This was quite the hit at our house! I put the mozzarella cheese on a small baking sheet and baked it in the oven for about 5 minutes. I used 3 eggs and mixed it with the cream cheese but forgot to add the heavy cream. It really came out just fine without it. For the toppings, I used Italian sausage, chopped onion, pepperoni and jalapeno peppers along with the 2% mozzarella cheese. It was a great dinner to have for a cool Halloween night. We didn't miss the crust at all because there were so many other flavors that came through this low carb pizza that we felt we were cheating on our diets! Thank you for posting this keeper of a recipe!
For being low carb, this was delicious! I used the following low carb pizza sauce recipe and it was made even better. http://allrecipes.com/recipe/easy-pizza-sauce-iii/detail.aspx
Totally awesome I love pizza and this recipes bottom for crust is the best I have tried. Thank you!
I made this last night and it was good! My husband and daughter also enjoyed it. I used some left over no sugar added spaghetti sauce with hamburger and mushrooms for the sauce. It was great...it'll see our table again!
This is great. I substituted oregano for the Italian seasoning because I was out. I also used a 10x15 pan to get a thinner crust and used a small 8oz can a pizza sauce. You cannot go wrong with this recipe. It is definitely a keeper and is a wonderful substitute for a bread pizza crust.
This was the best low carb recipe I've ever tried!!I would eat this even if I wasn't on a carb diet. A MUST TRY!
I've been thinking about trying this for quite awhile, but I kept holding out because of the unusual crust ingredients. DH has been watching his carbs since the new year began, so I figured now was the time to give it a try. Besides, the reviews were so good, I didn't think that many people could be wrong. They were absolutely right! This was unbelievably good. Used a jelly roll pan as some reviewers suggested, one batch of Nick Stellino's No-Cook Pizza Sauce (#72283), turkey pepperoni, sauteed mushrooms, lowfat mozzarella, and lowfat cream cheese. Next time I'm going to try using mostly egg whites. Didn't tell DH what the crust was made from until he decided he liked it. :) With a salad on the side, this may become our regular Saturday evening meal.
What a keeper this one is, easy to make and wonderful too eat. I topped with pepperoni and a mix of cheeses I had in the fridge. I am going to try again with other toppings, thanks Sly!
I am sure this is a delicious recipe. But how do you know what the card and calorie counts are?
I have been watching my carbs because I am diabetic but have really been craving pizza...thank goodness for this recipe. I used sausage and pepperoni for my toppings and it tastes so much like pizza (not "exactly" but close enough).
I am not a cook but LOVE pizza so I tried this last night and LOVED it! I used Provel cheese on the bottom and black olives, Italian sausage, mushrooms and pepperoni as the topping, so delicious!!!
This was an awesome replacement for regular pizza! Thank you!
Wow! This was so good! I topped mine with the rest of the block of cream cheese, broccoli, chicken, and mozzarella, in that order. It was wonderful!
Honestly, this is the best gf/low-carb pizza I&#039;ve ever tried, and I&#039;ve tried a lot. My boyfriend liked it too. Although, I have to say, he&#039;s been a test rat for many of what I call my &quot;experiments&quot;. The only thing I did differently is I added 4T protein powder to the egg mixture and cooked the whole thing on a smallish cookie sheet. It was awesome. Thanks!!
Wow! This is excellent! I served it to three leary people and all really thought it was good. I'll be making this often.
Amazing! I did the 5-minute thing like someone else suggested, the whole thing was fabulous! Thanks for the post!
I was a little skeptical about this recipe, but after seeing the great reviews - I tried it. It was amazing! It looks like pizza, smells like pizza, and even tastes like pizza. The only thing missing is the "crunch" of the crust. I added extra herbs, but other than that followed the recipe exactly and it was fantastic and a very creative idea. (Also much faster & easier than making 'real' pizza!)
Holy Cow! I was very skeptical as DH and I are just starting the low carb thing and we dont have much experience with substitution cooking... Well, we were very pleasantly surprised. I was afraid that thecrust was going to taste like eggs, but everything came together great. We both could not believe it... this will definitely be a go to recipe from here on out! 
Thanks for a great recipe!
I have been eating this recipe for many years. I usually put sausage, onions, pepperoni, and peppers on mine. I do not use the heavy cream, but substitute water instead. I also usually don't use fresh garlic, just garlic powder.
One word for this....DELICIOUS!! It was even better the next day....I kept it in the refrigerator and reheated in a toaster oven...Yummy!!!! The crust was soooo good....Even my husband who is not watching his carbs loved it.....
We liked this. The "crust' on the edges got really dark and the middle not so much, but overall it was very tasty. My whole family enjoyed it. I used 3 eggs and since I didn't have cream I used butter/milk to sub for cream. I topped ours with Constantina Pizza sauce, turkey pepperoni, ground turkey and green peppers. Added extra Mozarella Cheese too. My hubby gave it two thumbs up!
This was amazing! My whole family loved it! I have to admit I was a little nervous about it when I was baking the "crust", but it came out wonderfully. Even the kids were happy about getting "pizza"!
Yumm, yumm, YUMMY!! I have been so jealous of my family everytime they ordered pizza! I made this with the hopes of being somewhat satisfied and ended up being the envy of my family! I had to guard my pizza because they liked it better than the pizza they were eating. Definite keeper and will have to double up next time so I can have more than one piece!
This was fantastic, I tweaked a bit....here's what I did: First, after spraying PAM on a 16" pizza pan, I sprinkled about 4 T of Bob's Red Mill coarse ground corn meal before the Mozzarella. This makes more of a 'pizza hut' type crispy crust in the end. Then I added 2 T of soy flour and 2 T of golden flax meal (golden flax has a milder taste) and 1/2 tsp of xanthan gum (to bind so it wouldn't be crumbly). These elements added a 'crust' effect I felt was missing the first time I tried the recipe. I used a 16" pizza pan and put the cheese in for 5 minutes (before adding egg mixture) as previous reviewers have. To understand low carb baking, you must know that you have to replace gluten when cooking with low carb flours (flax, soy, almond, etc). You may do this by any number of methods, the lowest carb being eggs or xanthan gum. You need an extremely small amount of xanthan gum (1/4-1/2 tsp) to achieve this, or eggs, or a combination of the two. I used all the eggs called for in this recipe PLUS 1/4 tsp of xanthan gum with the additional flours. Next time I'm using almond flour and soy flour and I'll let y'all know how it goes! THANK YOU for this recipe!!!
WOW! This was delicious! I added some lo carb italian seasoned bread crumbs (actually soy) and also some notCereal to thicken the "crust" on the pizza. Added pepperoni, mushrooms and ground beef.
Will try with some sausage next time.
This is amazing. Much better than anything you order and have delivered. I added ground beef, itailian sausage, pepperoni, onions, mushrooms and a touch of bacon bits. I also put a little cheddar cheese on top and then served it with fresh parmesan. I WILL be making this again and OFTEN!!
It makes absolutely no sense how good this pizza was. My kids loved it. Going to have to make a second pizza next time and add some toppings.
This is a great recipe, definately a life saver! I changed it up a bit to make it more low fat with nonfat cream cheese and low fat milk.
hmmm this was very good. I only used three eggs. I tried baking the cheese first but mine was not crispy,,, only crispy on the edges. however Hubby and I both loved it and will make it again. I minced garlic and put in in with the egg mixture. I used organic ham and pepperoni that had no carbs, nitrates,sugars,,, I also got a jar of Classico Bruschetta, Basil and tomato, that I put in the blender. It has O carbs,,, no added sugar.
thanks so much
This is the second time I have prepared this pizza. Both times it has come out excellent! I can't believe that not only did I not rate it the first time but I have been so excited to jump in and eat it that I haven't taken any pictures. My topping's of choice are canadian bacon, pepperoni slices, sliced mushrooms and sliced bell peppers. I took some leftovers to work and everyone was wanting to know what the great smell was. You are so "sly girl" but thanks so much for posting this dish.
I am in pizza heaven, finally! Went gluten free almost 9 months ago and pizza is one of my favorites. I&#039;ve tried many gluten free recipes and while some were pretty good, none really quite
this is great...couldnt believe it would be so good. its a staple in my diet, now. love to top with fresh tomato, green peppers, onions, chicken or hot dogs, even. love heb. nat'l.
Loved this recipe but not sure I got the best crust possible. I followed recipe and pre-baked the cheese crust for 5 minutes as suggested. Then added spices to egg mixture for taste. End results the very bottom of crust.(The mozzarella cheese) was a extra crispy brown texture that just peeled off the egg mixture part of the crust??? Again it was still very good but don&#039;t think the bottom should peel off which btw just tasted like burnt cheese. Help!
awesome! I have tried many low carb replicas , and this is amazing! My husband still cannot believe this! this one, is five stars all the way! I am going to bake some crusts, just to use as panini breads!
Loved it! So did my husband! Def. going to make this again!
I have tried several low carb pizzas & this one is by far the best. I used 1 less egg in the crust because mine were huge. I also followed the other reviewer's suggestion & baked the cheese 1st for 5 minutes before adding the egg mixture. Very hearty & delicious, thanks.
Made it love it!!!!!! Didn't tweak it. Once I find out how many calories I made do some trade outs.
This is a great idea. I made this for my family last night and we enjoyed it. I will make again. thank you for sharing.
I was skeptical but figured 117 people cannot be wrong. I tried baking the 2 cups of mozz first like some people suggested but by the end of all the cooking it was way too done on the edges. I added the oregano too which was good. Overall it is still delicous and was a close second to real pizza. I used 3 eggs also like suggested. Gave 5 stars but would really be 4.5
This is ridiculous how good this is!! I did not have heavy cream, so I subbed sour cream; omitted the chives and italian seasoning, doubled the garlic and used some red pepper flakes in the "crust" - I like spicy!! I topped it with pepperoni, red onion slices and jalapenos (did I mention I like spicy?? :)). SOOOOO good!!! Thanks for posting! This is a new fave!
great idea, just did not work for me because of the 'crust'...other than that, everything else was tasty and was easy to prepare
Yes yes yes yes yes yes yes!!!!!!!!!!!
What a delicious surprise. I made mine with pesto and chicken sausage, omitting the tomato sauce.
For those of you doing WW, I substituted non-fat cream cheese, egg stubstitute and fat free cheese for the crust (I used 2% mozzarella for the top) and it came out extremely yummy! I topped it with chopped tomatoes, green pepper, green onion, fresh basil and some sliced black olives. My calculations are 7 points for 1/4 of the pizza with my substitutions - very filling and definitely does NOT taste like diet food. Highly recommended. We had it for breakfast!
It&#039;s TRUE! This made my anti-lowcarb food hubby happy! I waited until he said he loved it to tell him what crust was. It took a little time to assemble but well worth it. Like others I plan on making this weekly and experiment! I tried Grace D&#039;s white pizza last night and added portable mushroom, spinach, yellow bell pepper slices, chopped artichoke hearts and black olive. OMG, so excited for leftovers tonight. I used a jelly roll pan (no rimmed round pizza pan yet)- and it worked fine. Did the recommended bake just the cheese first, then added egg mixture. I baked mine on convection at 350 for 23 minutes. The egg portion (before toppings) gets pretty browned but that is fine! the crust looked pretty realistic leaving an edge showing when I put toppings on. Thank you thank you to the developer of this! With the egg ingredients I may experiment with a breakfast pizza- sausage, etc!
Awesome thanks for the recipe. My husband's favorite low carb meal.
absolutely blooming perfect. What a treat!!! It is the perfect meal for kids who want to eat pizza, and parents who are following Atkins. Thank you! Can't wait to make again.
This recipe is amazing! The BF and I started the low carb diet a month ago and have been craving pizza, candies, cookies ever since. This recipe totally hits the spot if you're craving pizza. I took the advice of others and used white sauce instead of red sauce. I added a little pesto on top of the white sauce and then my toppings (turkey bacon/pepperoni and cheese). It was great. On my top meal list for sure. Thanks! =)
It&#039;s a miracle! This is just as good if not better than the real thing. I was totally blown away. Extremely easy to make and customize. I cranked up the oregano and Italian seasoning in the crust and sauce. I joined this site because of this recipe because I want to learn more recipes like this. Thanks a million!
Awesome! I subed out the pizza/italian seasoning for my own. Crushed red peppers, garlic, and plenty of parmesan cheese. Was even better the next day for breakfast. Great tasting even if not on low carb diet. Yummy!
Thanks for sharing. I had to sign up just to post how good it was.
New to the no-carb/low-carb world. This was a pretty good substitution to a real pizza. Filling but not that bloated filling after eating a &quot;real&quot; pizza. Looking forward to playing with various pans for different crust results. I took others suggestions of adding some spices to the crust. Who doesn't like extra spices, right?
I am new to low carb cooking, and feel like I hit the JACKPOT here! l so needed something to make me forget I was dieting...and this was it!!! Since I don't care for pizza dough anyway...this was perfect. I did use ricotta in place of the cream cheese (though I did add a tbls for more texture). was great, have enough for tomorrow...I DID HALF THIS RECIPE and am glad I did...makes a lot of Pizza. Almost to my goal weight...but I will always make this instead of that other high carb junk. thanks!!!
Not too bad. Made it with three eggs rather than four. Put the mozzarella in the oven for about five minutes before I poured the egg mixture over. Kept it simple. Ham, Sopressa salami, onion and cheese. Used an Italian tomato passata (sparingly) rather than some "pizza sauce". The crust tastes better when the pizza cools, and pretty good cold. I like cold pizza so all god. I would eat this if I was really craving pizza, as a treat from time to time. Just because something is low carb, doesn't mean you can gorge yourselves people. Stick to good quality meats and vegetables, and do this occasionally. But then again, if you've been good, you can have areal pizza occasionally. Check out my pic. Peace.
WOW!!! I was a bit hesitant to see how this would all come out, but it was perfect!! I knew once I saw how gorgeous the crust came out it would be perfect!! Just add your toppings and it&#039;s all done! I used a regular pizza pan, next time I will use a thicker one so the pizza crust comes out more thicker. Try this recipe you won&#039;t be disappointed!
DH and I really enjoyed this, used turkey pepperoni and mushrooms. Easy to make and good when you are watching carbs but crave a 'treat.' The only thing I would do next time is add more seasoning including red pepper flakes, we love spicy!
This is the closest thing to real pizza I have ever found! I used a 16 inch pizza pan, and baked the mozzarella for 5 minutes before pouring on the egg mixture, like others have suggested. I found that because of the size of the pan, I only needed to bake it for 20 minutes, and used more cheese and toppings than specified, but the end result was wonderful! It was like eating thin crust pizza. I could taste the toppings more than the crust itself, which did not taste like an omlete at all to me. If you try this recipe, you will NOT be dissapointed!
This is a popular low carb recipe that's been bouncing around the 'net for a while. I've tried it, as well as cauliflower-crust pizza, and they are not bad. For me, it is faster, easier, and just as tasty to just fry up pizza toppings in a pan, cover with cheese and broil until bubbly.
If you read no other review, read this one. I&#039;m writing this after a long week and, really, all I wanted was an adult beverage and pizza. I&#039;m going to bed happy; before I do, however, I&#039;m writing my first online recipe review, ever. The pizza was that good. You need to know 3 things:&lt;br/&gt;&lt;br/&gt;1. This recipe is amazing; trust the reviews. I&#039;m not a great cook and the final product turned out better than I anticipated. Quite frankly, low carb or not, this was one of the best pizzas that I&#039;ve ever had (and I&#039;m a foodie!). I made a primal guttural sound when I took my first bite.&lt;br/&gt;&lt;br/&gt;2. The &quot;dough&quot; will be soupy before you cook it. I was doubtful, but see above :)&lt;br/&gt;&lt;br/&gt;3. Follow the advice of &quot;Chef #464581&quot;: (1) add extra spices to the dough,&quot; including red pepper flakes, (2) put the &quot;bottom-of-the-pan mozzarella&quot; in the pan and place the pan in the oven for a few minutes before baking the egg/cream cheese/spice mixture on top of the cheese, (3) use a round pizza pan, it works wonders, and (4) spice up the tomato sauce!&lt;br/&gt;&lt;br/&gt;I&#039;m not kidding. DO IT!
Awesome ! Whole family loved it
I couldn't get past the 'crust' when eating it. Had to suppress my gag reflex. It looked like a pizza, it smelled like a pizza, but brother, that wasn't pizza. I don't know why I didn't just use my Atkins Bake Mix for the crust. The high ratings for this intrigued me I guess. Will give it credit for creativity though.
